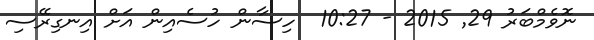
ނޮވެމްބަރު 29